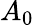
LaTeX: A_{0}